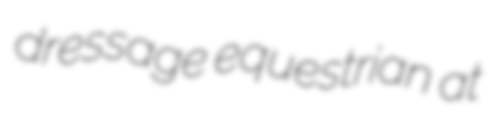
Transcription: dressage equestrian at